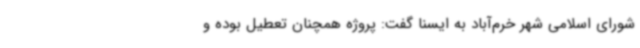
شورای اسلامی شهر خرم‌آباد به ایسنا گفت: پروژه همچنان تعطیل بوده و